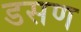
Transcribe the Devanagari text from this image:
डसण